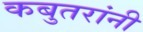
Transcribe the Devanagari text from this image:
कबुतरांनी